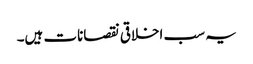
یہ سب اخلاقی نقصانات ہیں۔